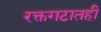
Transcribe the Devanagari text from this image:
रक्तगटातही